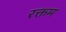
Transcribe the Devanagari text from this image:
रक्तम